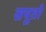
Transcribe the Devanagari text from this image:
सपूतो